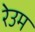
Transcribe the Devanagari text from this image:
रेउम